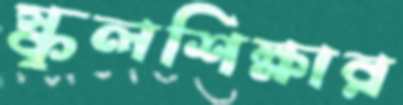
স্কুলশিক্ষার